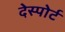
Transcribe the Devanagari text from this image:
देस्पोर्ट